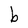
Character: e